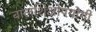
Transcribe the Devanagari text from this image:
बालशिक्षोपयोगी